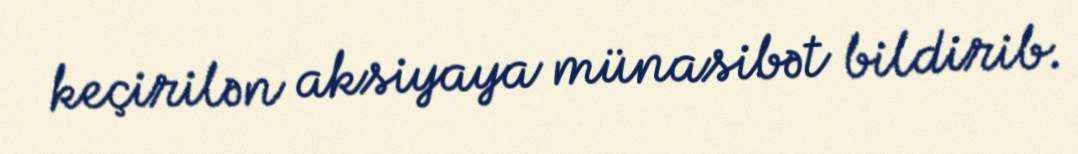
keçirilən aksiyaya münasibət bildirib.